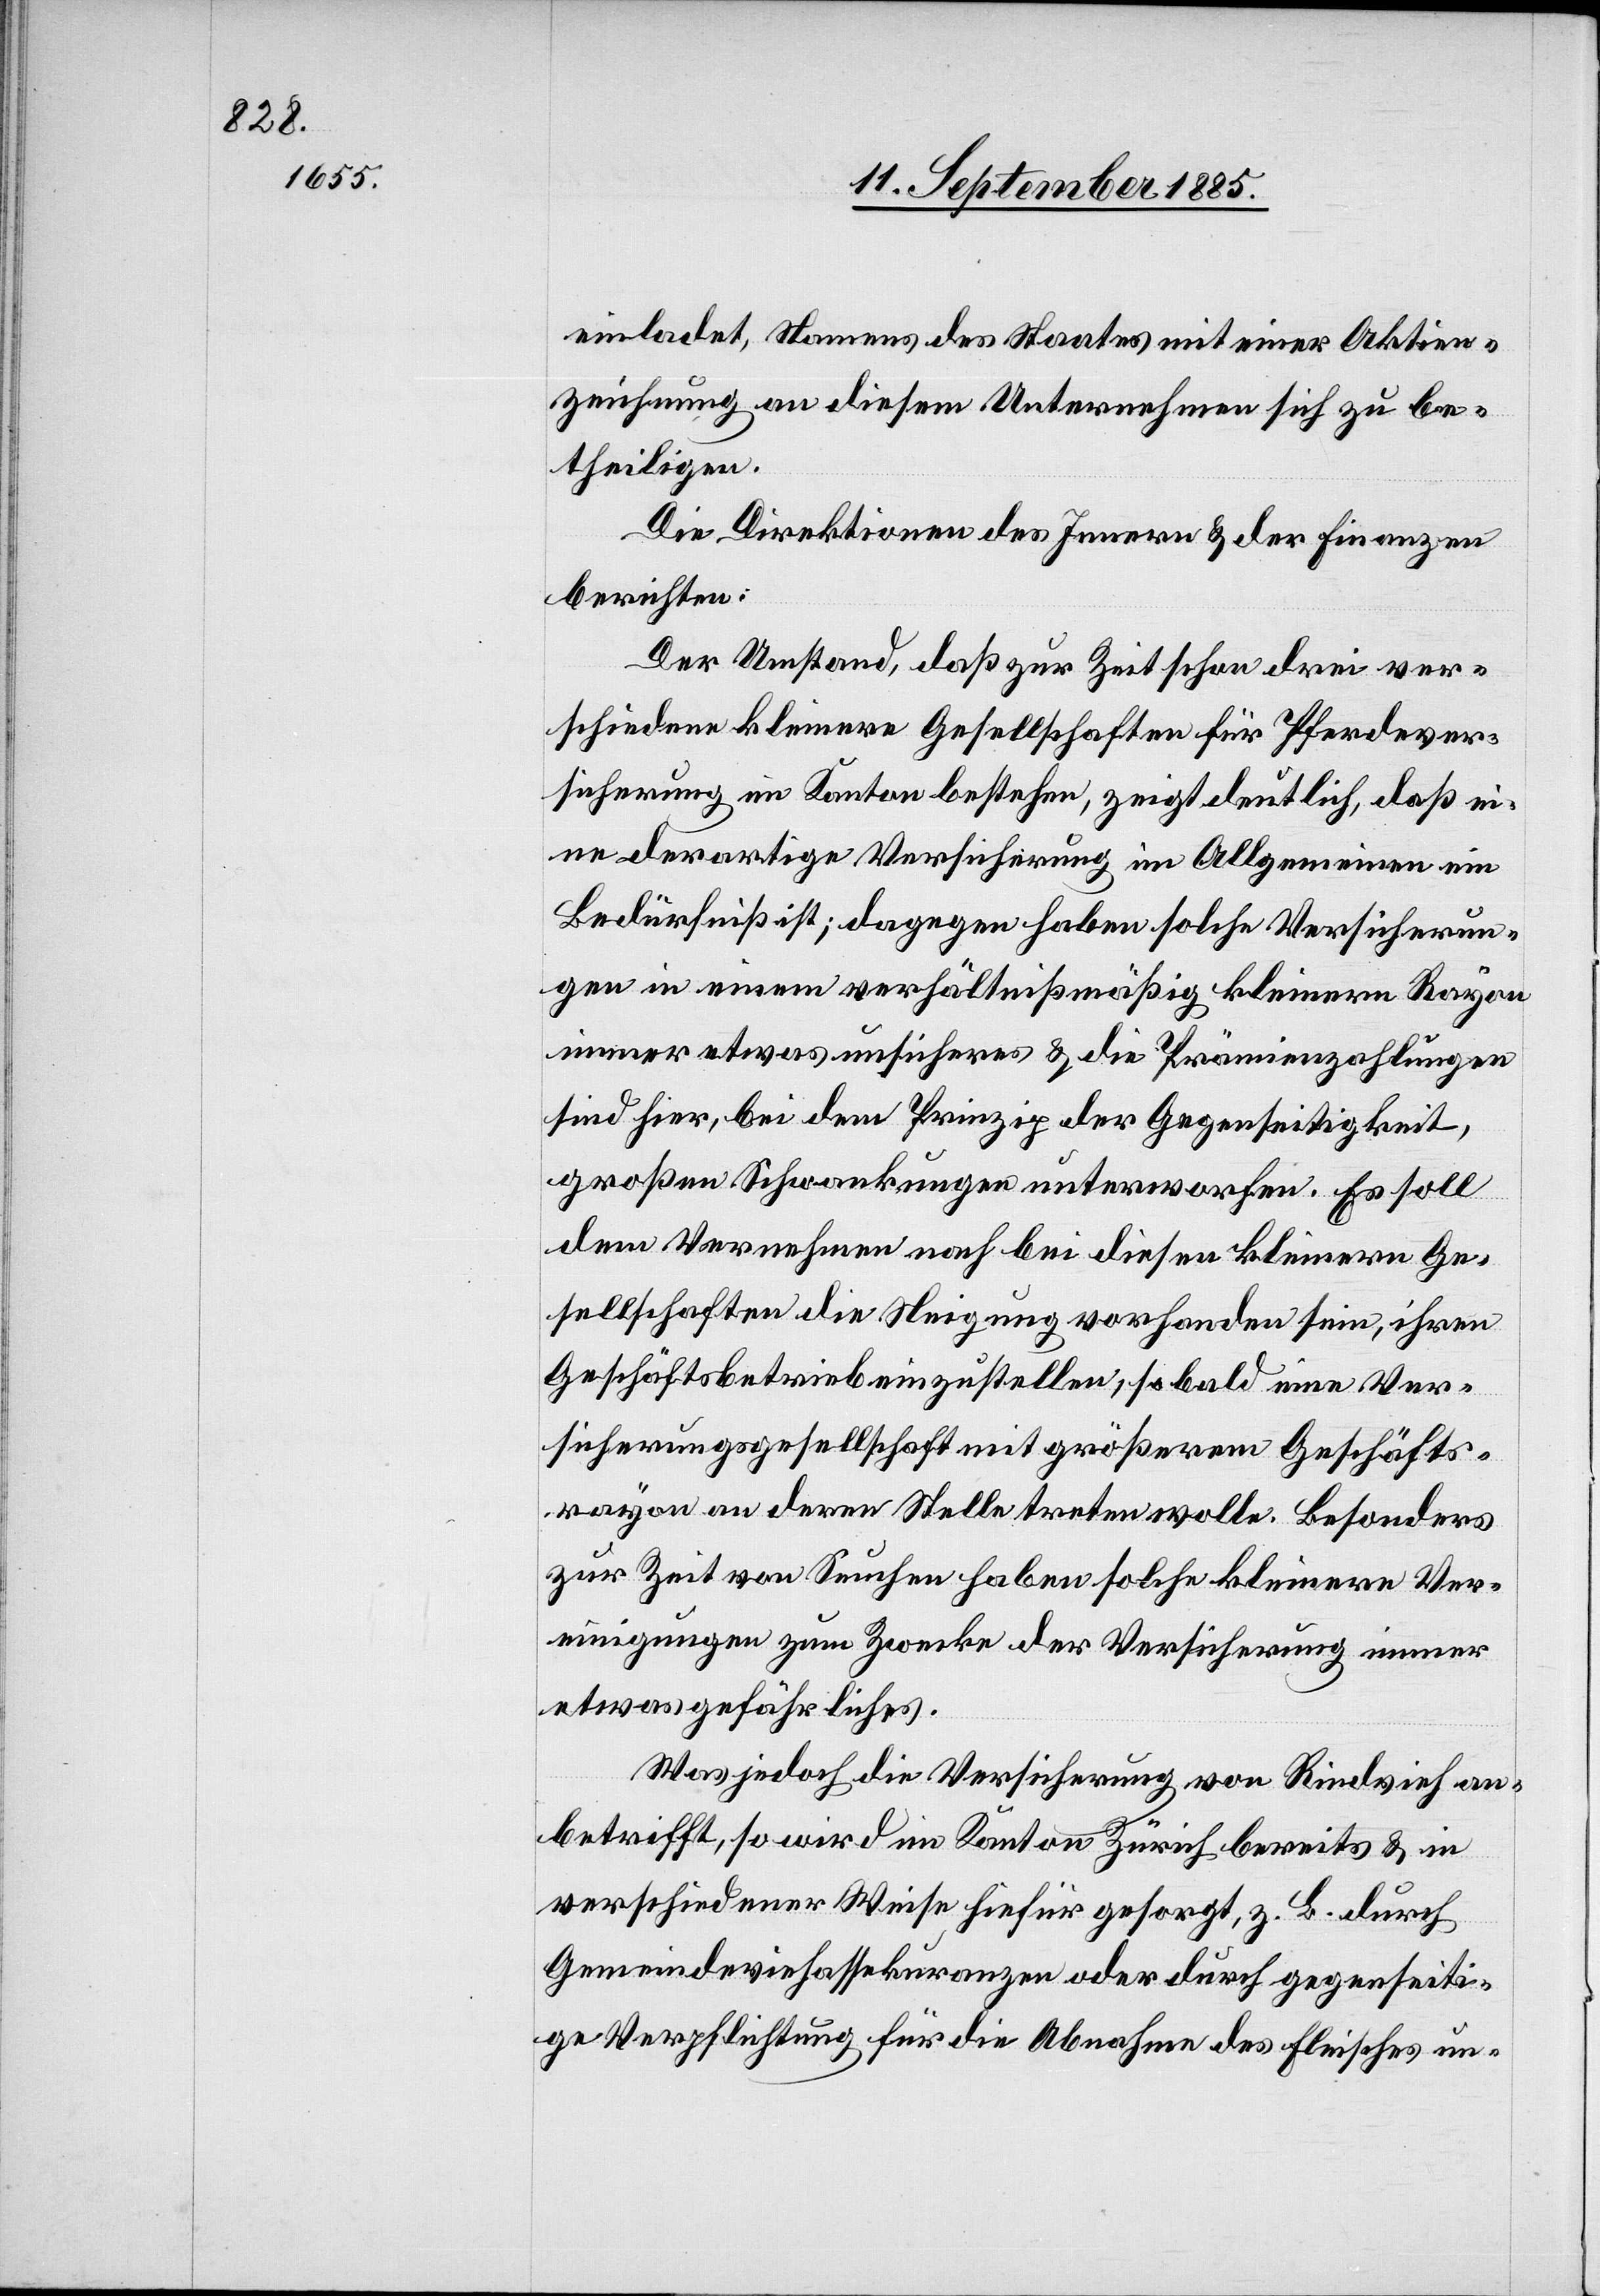
einladet, Namens des Staates mit einer Aktien¬
zeichnung an diesem Unternehmen sich zu be¬
theiligen.
Die Direktion des Innern & der Finanzen
berichten:
Der Umstand, daß zur Zeit schon drei ver¬
schiedene kleinere Gesellschaften für Pferdever¬
sicherung im Kanton bestehen, zeigt deutlich, daß ei¬
ne derartige Versicherung im Allgemeinen ein
Bedürfniß ist; dagegen haben solche Versicherun¬
gen in einem verhältnißmäßig kleinern Rayon
immer etwas unsicheres & die Prämienzahlungen
sind hier, bei dem Prinzip der Gegenseitigkeit,
großen Schwankungen unterworfen. Es soll
dem Vernehmen nach bei diesen kleinern Ge¬
sellschaften die Neigung vorhanden sein, ihren
Geschäftsbetrieb einzustellen, sobald eine Ver¬
sicherungsgesellschaft mit größerem Geschäfts¬
rayon an deren Stelle treten wolle. Besonders
zur Zeit von Seuchen haben solche kleinere Ver¬
einigungen zum Zwecke der Versicherung immer
etwas gefährliches.
Was jedoch die Versicherung von Rindvieh an¬
betrifft, so wird im Kanton Zürich bereits & in
verschiedener Weise hiefür gesorgt, z. B. durch
Gemeindeviehassekuranzen oder durch gegenseiti¬
ge Verpflichtung für die Abnahme des Fleisches un-